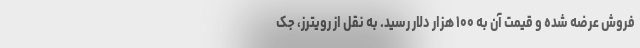
فروش عرضه شده و قیمت آن به ۱۰۰ هزار دلار رسید. به نقل از رویترز، جک